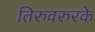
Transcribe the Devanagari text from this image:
तिरुवरुरके